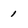
Character: 1